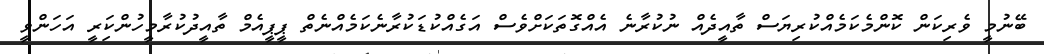
ބޭނުމީ ވެރިކަން ކޮންމެކަމެއްކުރިޔަސް ތާއީދެއް ނުކުރާނެ އެއްގޮތަކަށްވެސް އަގެއްކުޑަކުރާނެކަމެއްނެތް ޕީޕީއެމް ތާއީދުކުރާމީހުންކަިރީ އަހަންވީ